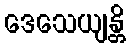
ဒေသေယျန္တိ